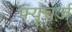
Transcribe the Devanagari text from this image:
फ्यूचर्ज़